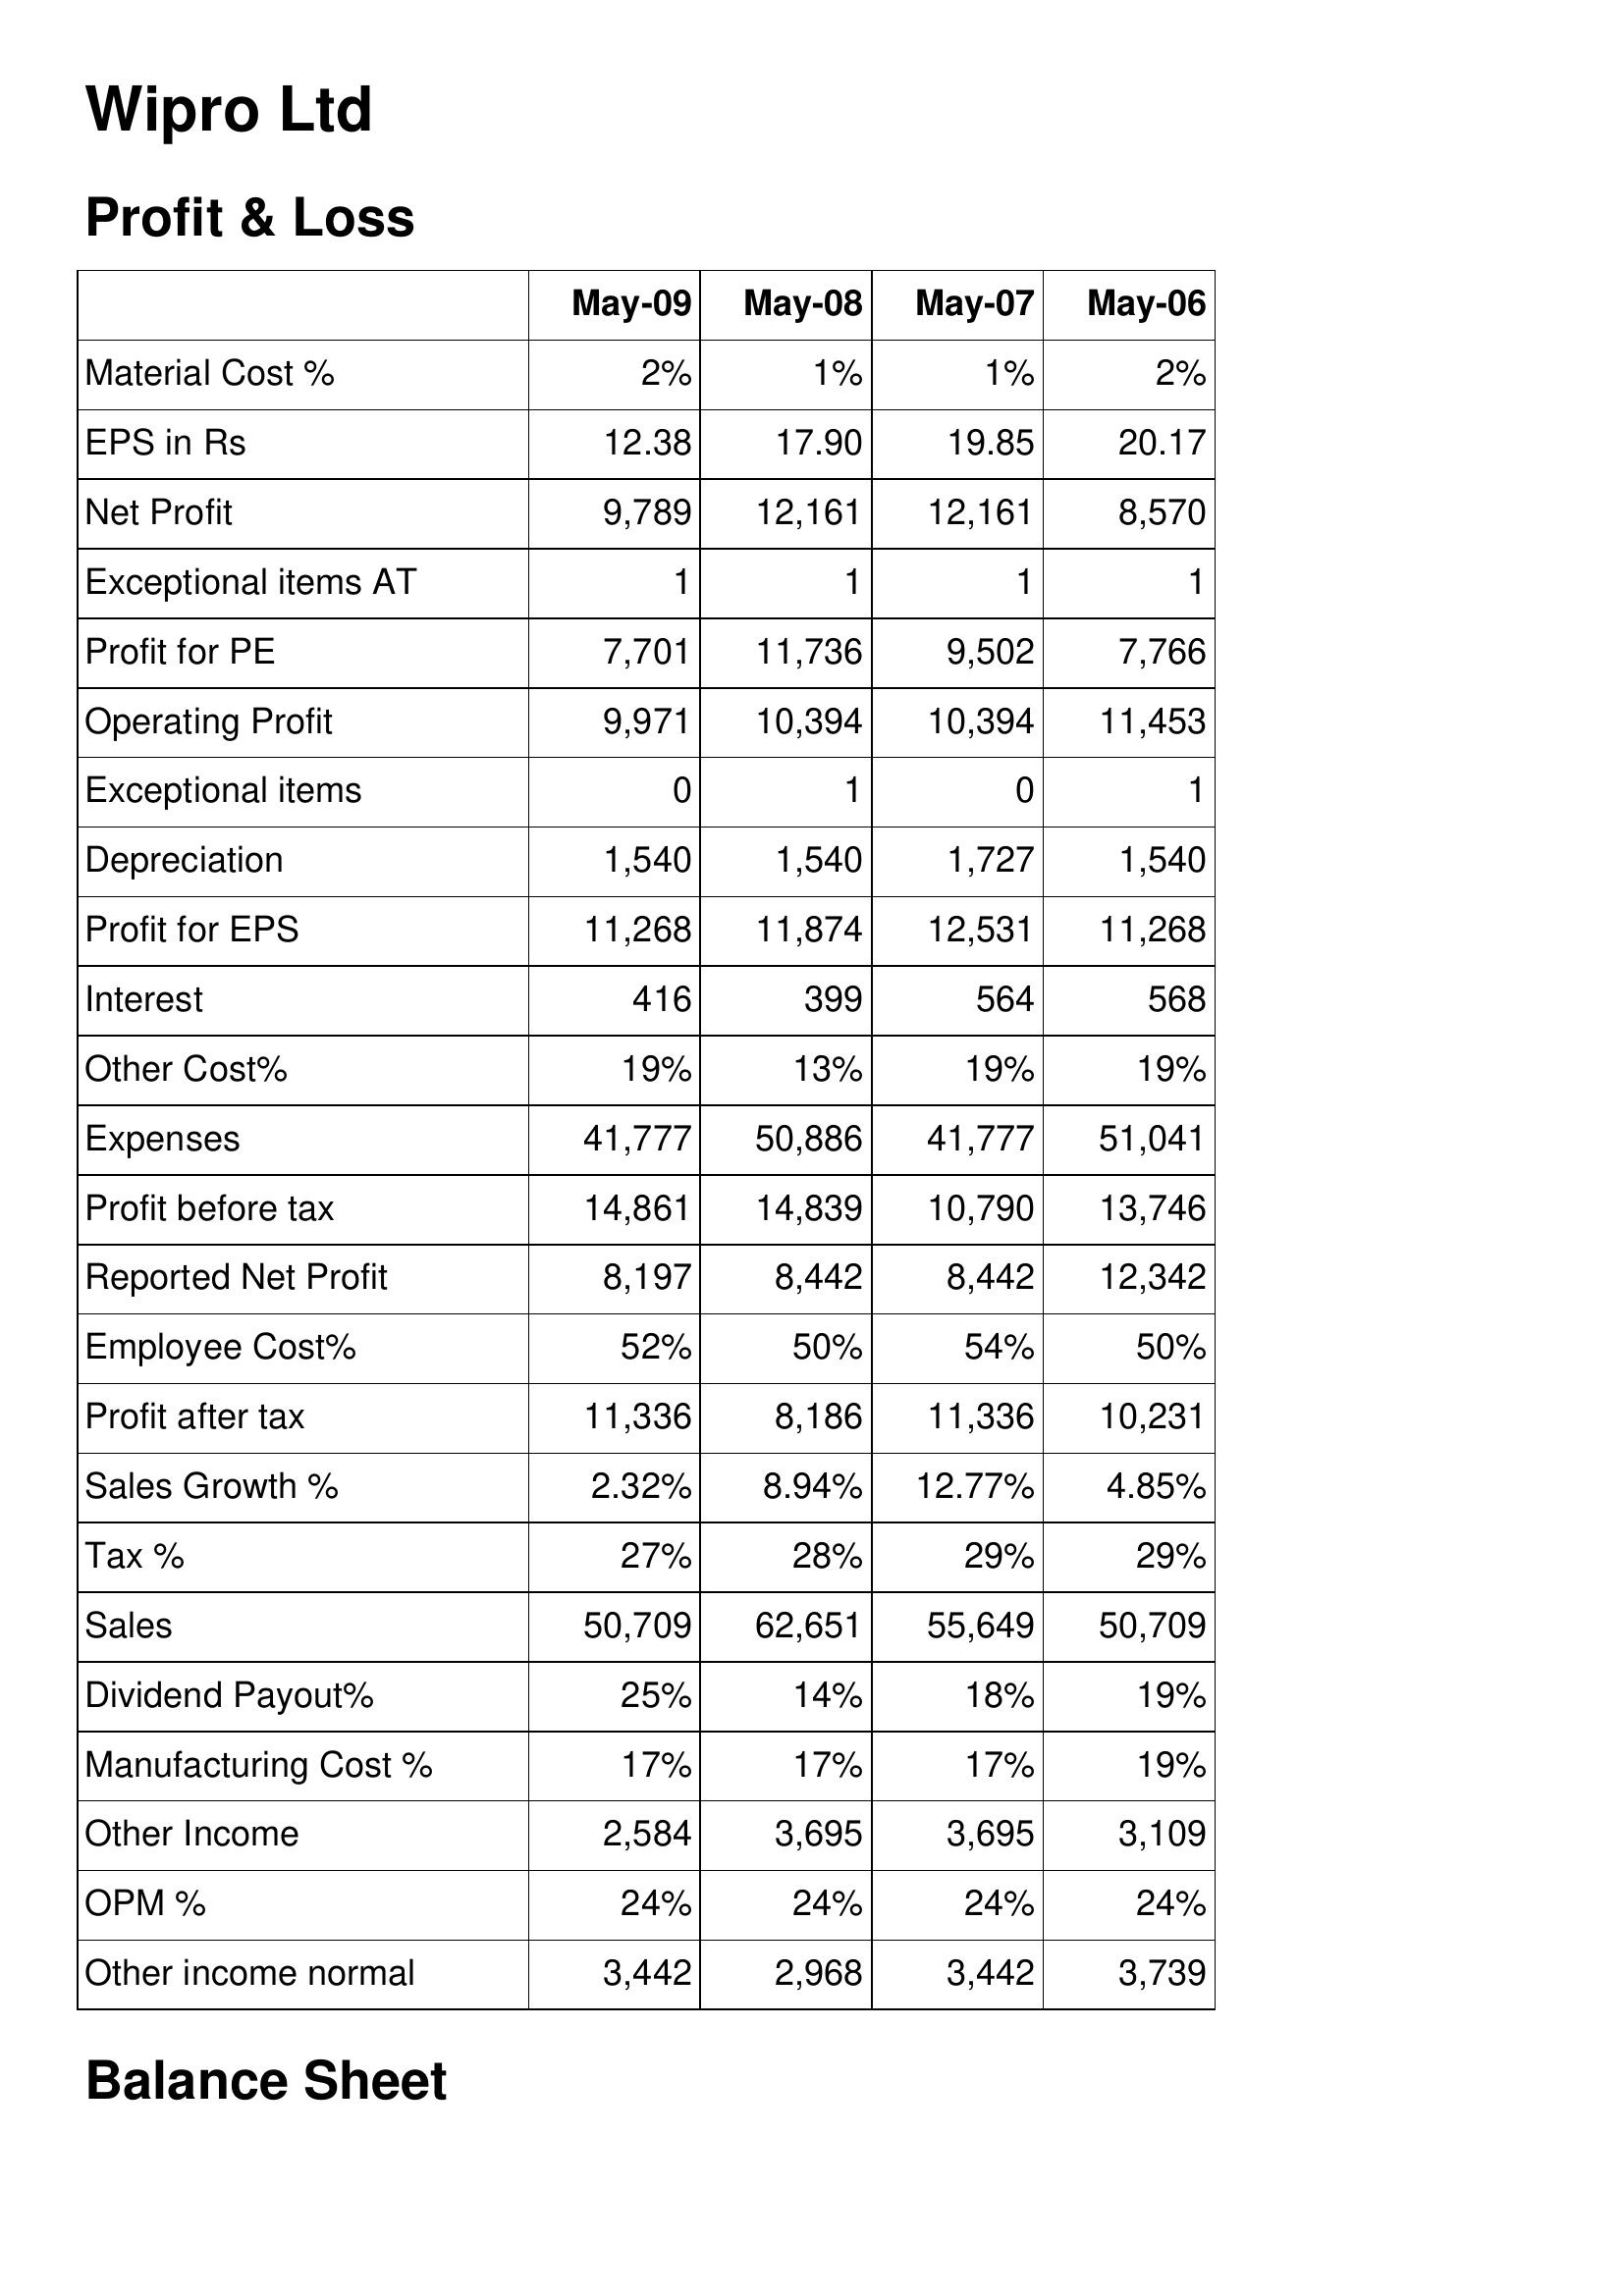
May-09: Profit & Loss: Material Cost %: 2%
EPS in Rs: 12.38
Net Profit: 9,789
Exceptional items AT: 1
Profit for PE: 7,701
Operating Profit: 9,971
Exceptional items: 0
Depreciation: 1,540
Profit for EPS: 11,268
Interest: 416
Other Cost%: 19%
Expenses: 41,777
Profit before tax: 14,861
Reported Net Profit: 8,197
Employee Cost%: 52%
Profit after tax: 11,336
Sales Growth %: 2.32%
Tax %: 27%
Sales: 50,709
Dividend Payout%: 25%
Manufacturing Cost %: 17%
Other Income: 2,584
OPM %: 24%
Other income normal: 3,442
May-08: Profit & Loss: Material Cost %: 1%
EPS in Rs: 17.90
Net Profit: 12,161
Exceptional items AT: 1
Profit for PE: 11,736
Operating Profit: 10,394
Exceptional items: 1
Depreciation: 1,540
Profit for EPS: 11,874
Interest: 399
Other Cost%: 13%
Expenses: 50,886
Profit before tax: 14,839
Reported Net Profit: 8,442
Employee Cost%: 50%
Profit after tax: 8,186
Sales Growth %: 8.94%
Tax %: 28%
Sales: 62,651
Dividend Payout%: 14%
Manufacturing Cost %: 17%
Other Income: 3,695
OPM %: 24%
Other income normal: 2,968
May-07: Profit & Loss: Material Cost %: 1%
EPS in Rs: 19.85
Net Profit: 12,161
Exceptional items AT: 1
Profit for PE: 9,502
Operating Profit: 10,394
Exceptional items: 0
Depreciation: 1,727
Profit for EPS: 12,531
Interest: 564
Other Cost%: 19%
Expenses: 41,777
Profit before tax: 10,790
Reported Net Profit: 8,442
Employee Cost%: 54%
Profit after tax: 11,336
Sales Growth %: 12.77%
Tax %: 29%
Sales: 55,649
Dividend Payout%: 18%
Manufacturing Cost %: 17%
Other Income: 3,695
OPM %: 24%
Other income normal: 3,442
May-06: Profit & Loss: Material Cost %: 2%
EPS in Rs: 20.17
Net Profit: 8,570
Exceptional items AT: 1
Profit for PE: 7,766
Operating Profit: 11,453
Exceptional items: 1
Depreciation: 1,540
Profit for EPS: 11,268
Interest: 568
Other Cost%: 19%
Expenses: 51,041
Profit before tax: 13,746
Reported Net Profit: 12,342
Employee Cost%: 50%
Profit after tax: 10,231
Sales Growth %: 4.85%
Tax %: 29%
Sales: 50,709
Dividend Payout%: 19%
Manufacturing Cost %: 19%
Other Income: 3,109
OPM %: 24%
Other income normal: 3,739